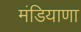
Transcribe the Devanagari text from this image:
मंडियाणा